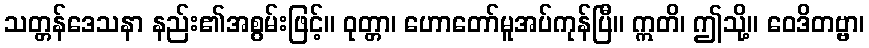
သတ္တန်ဒေသနာ နည်း၏အစွမ်းဖြင့်။ ဝုတ္တာ၊ ဟောတော်မူအပ်ကုန်ပြီ။ ဣတိ၊ ဤသို့။ ဝေဒိတဗ္ဗာ၊